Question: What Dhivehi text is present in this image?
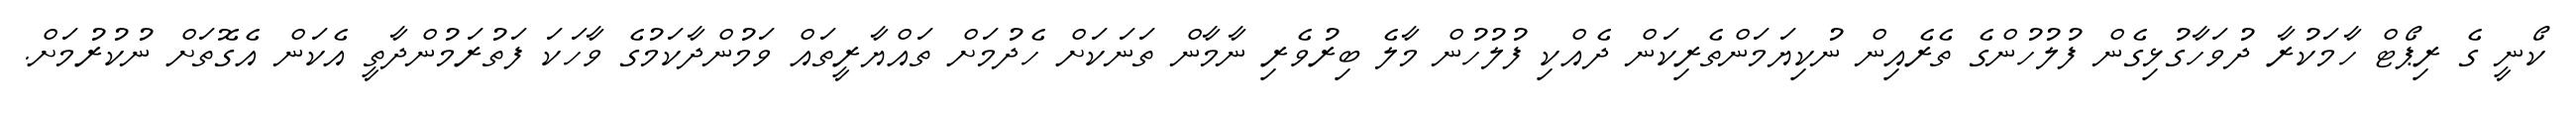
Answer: ކޯނީ ގެ ރިޕޯޓް ހާމަކުރާ ދުވަހާގުޅިގެން ފުލުހުންގެ ތެރެއިން ނުކިޔަމަންތެރިކަން ދެއްކި ފުލުހުން މާލެ ބިރުވެރި ނާމާން ތަނަކަށް ހެދުމަށް ތައްޔާރީތައް ވަމުންދާކަމުގެ ވާހަކަ ފަތުރަމުންދާތީ އެކަން އެގޮތަށް ނުކުރުމަށް.